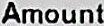
AMOUNT